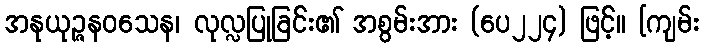
အနုယုဉ္ဇနဝသေန၊ လုလ္လပြုခြင်း၏ အစွမ်းအား (ပေ၂၂၄) ဖြင့်။ [ကျမ်း